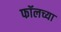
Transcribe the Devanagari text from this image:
फॉलच्या